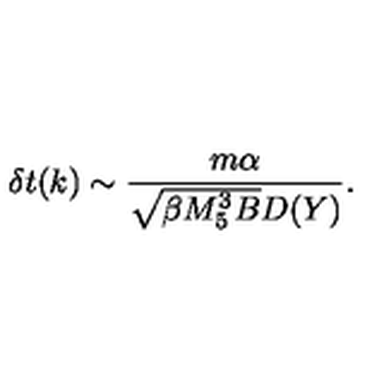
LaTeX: \delta t ( k ) \sim { \frac { m \alpha } { \sqrt { \beta M _ { 5 } ^ { 3 } B } D ( Y ) } } .